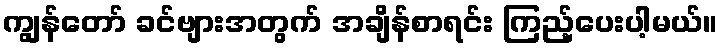
ကျွန်တော် ခင်ဗျားအတွက် အချိန်စာရင်း ကြည့်ပေးပါ့မယ်။